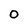
Character: O